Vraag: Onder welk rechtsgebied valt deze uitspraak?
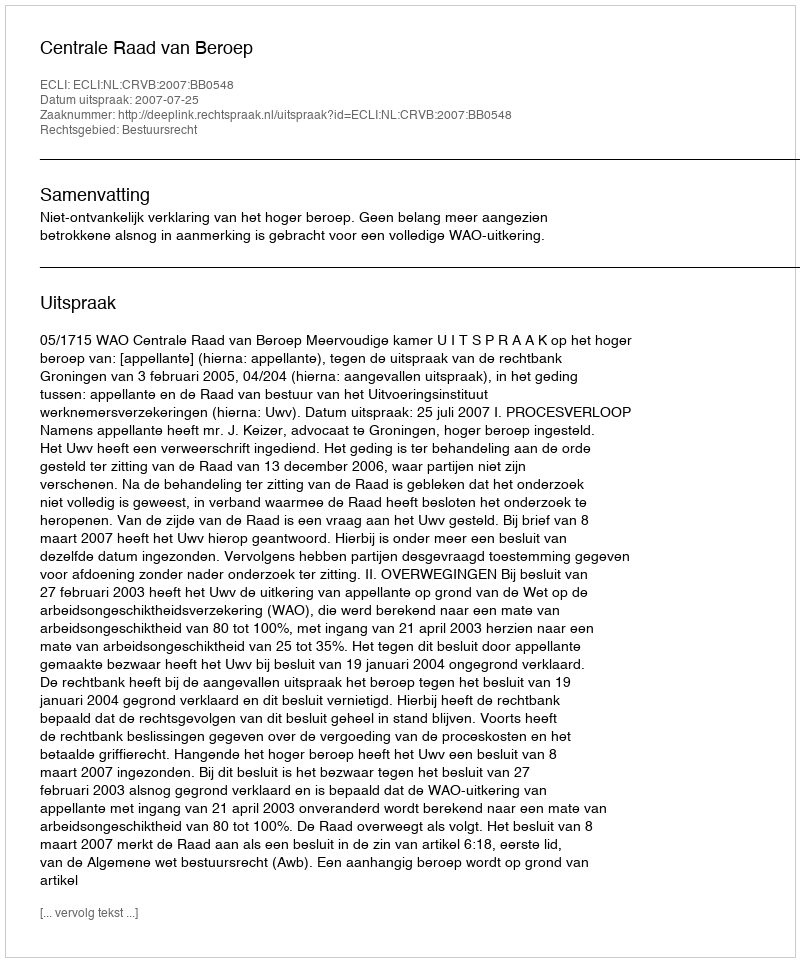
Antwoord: Bestuursrecht